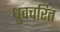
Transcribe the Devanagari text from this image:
ध्रुवचरित